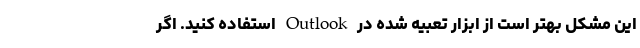
این مشکل بهتر است از ابزار تعبیه شده در Outlook استفاده کنید. اگر